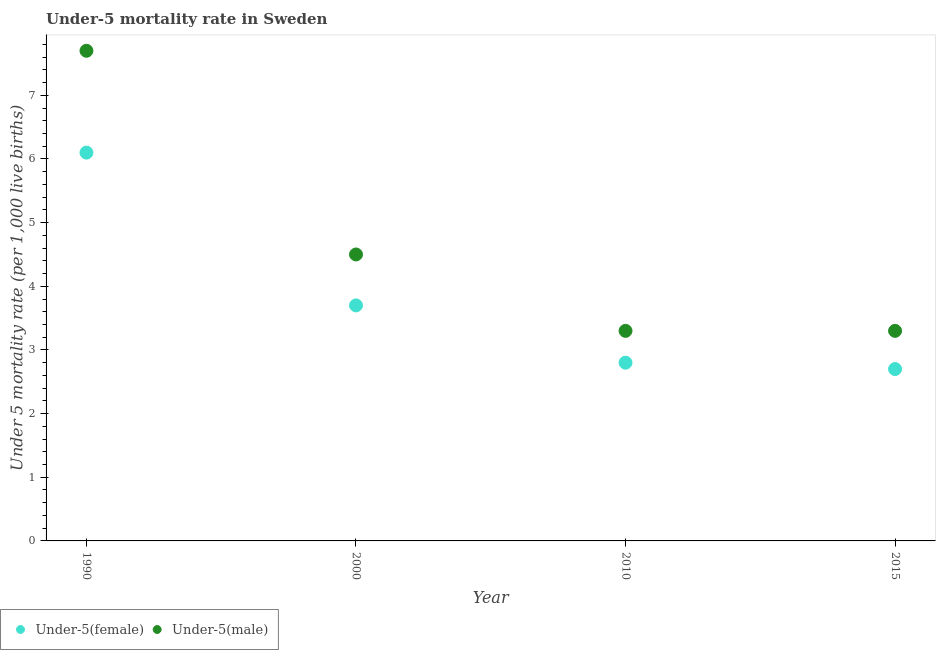
| Year | Under-5(female) | Under-5(male) |
 | --- | --- | --- |
 | 1990 | 6.1 | 7.7 |
 | 2000 | 3.7 | 4.5 |
 | 2010 | 2.8 | 3.3 |
 | 2015 | 2.7 | 3.3 |